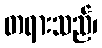
တရားသည်၊